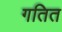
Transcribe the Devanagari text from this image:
गतित